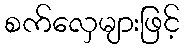
စက်လှေများဖြင့်